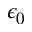
\epsilon _ { 0 }